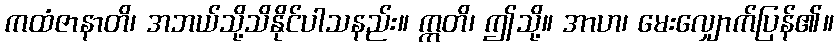
ကထံဇာနာတိ၊ အဘယ်သို့သိနိုင်ပါသနည်း။ ဣတိ၊ ဤသို့။ အာဟ၊ မေးလျှောက်ပြန်၏။